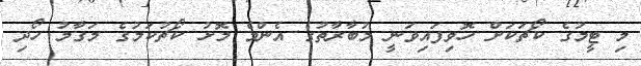
މި ޓީމުގެ ކޯޗަކަށް ހޮވިފައިވަނީ މުބާރާތުގެ އެންމެ މޮޅު ކޯޗުކަމުގެ މަގާމު ހޯދި